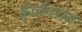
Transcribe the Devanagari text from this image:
कीर्तनच्या